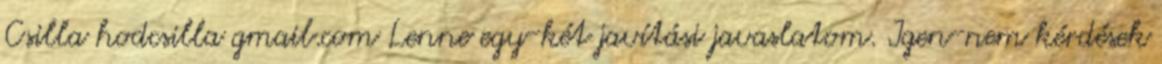
Csilla hodcsilla gmail.com Lenne egy-két javítási javaslatom. Igen-nem kérdések